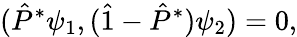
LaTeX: (\hat{P}^{*}\psi_{1},(\hat{1}-\hat{P}^{*})\psi_{2})=0,